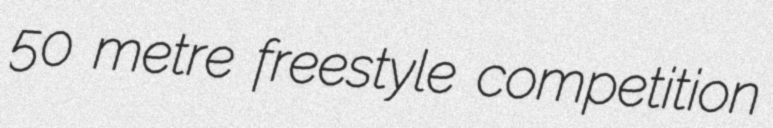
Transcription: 50 metre freestyle competition